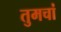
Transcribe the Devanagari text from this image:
तुमचां